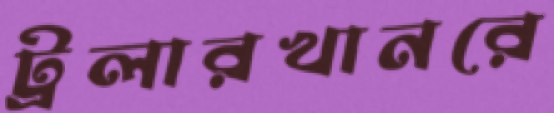
ট্রলারখানরে